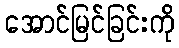
အောင်မြင်ခြင်းကို